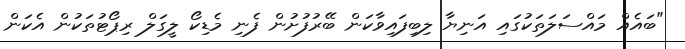
"ބައެއް މައްސަލަތަކުގައި އަނިޔާ ލިބިފައިވާކަން ބޭރުފުށުން ފެނި މެޑިކޯ ލީގަލް ރިޕޯޓުތަކުން އެކަން